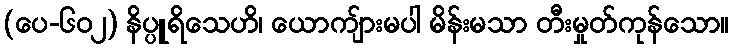
(ပေ-၆၀၂) နိပ္ပူရိသေဟိ၊ ယောကျ်ားမပါ မိန်းမသာ တီးမှုတ်ကုန်သော။